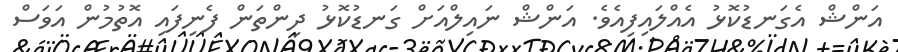
އަންޝް އެގަނޑުކޮޅު އެއްލައިފިއެވެ. އަންޝް ނައިލްއަށް ގަނޑުކޮޅު ދިންތަން ފެނިފައި އޮތުމުން އަވަސް